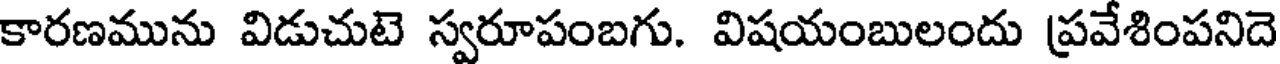
కారణమును విడుచుటె స్వరూపంబగు. విషయంబులందు ప్రవేశింపనిదె